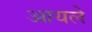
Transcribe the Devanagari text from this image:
आयले